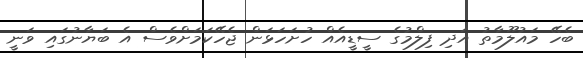
ބެހޭ މައުލޫމާތު އަދި ފިލްމުގެ ސީޑީއެއް ހުށަހަޅަން ޖެހޭކަމަށްވެސް އެ ބަޔާނުގައި ވަނީ